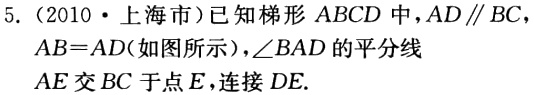
5.（2010·上海市）已知梯形 \(ABCD\) 中，\(AD\parallel BC\)，\(AB = AD\)（如图所示），\(\angle BAD\) 的平分线 \(AE\) 交 \(BC\) 于点 \(E\)，连接 \(DE\).